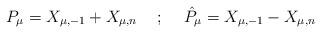
LaTeX: \begin{align*}P_\mu = X_{\mu, -1} + X_{\mu, n}\hskip.5cm; \hskip.5cm \hat{P}_\mu = X_{\mu, -1} -X_{\mu, n}\end{align*}